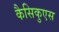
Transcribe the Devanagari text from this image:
कैसिकुएस